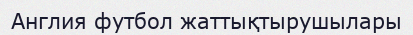
Англия футбол жаттықтырушылары